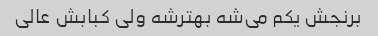
برنجش یکم می‌شه بهترشه ولی کبابش عالی